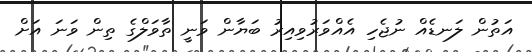
އަތުން ލަނޑެއް ނުޖެހި އެއްވަރުވިއިރު ބަޔާން ވަނީ ތާވަލްގެ ތިން ވަނަ އަށް